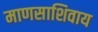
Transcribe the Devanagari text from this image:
माणसाशिवाय